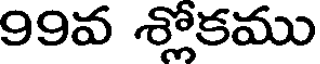
99వ శ్లోకము